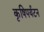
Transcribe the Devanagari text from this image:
कृषिपर्यटन